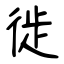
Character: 徙